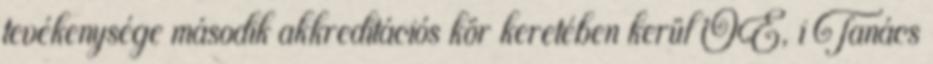
tevékenysége második akkreditációs kör keretében kerül ÓE, i Tanács